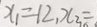
x _ { 1 } = 1 2 , x _ { 2 } =